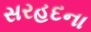
સરહદના